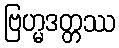
ဗြဟ္မဒတ္တဿ